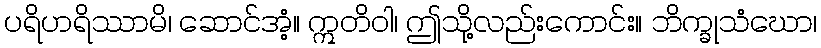
ပရိဟရိဿာမိ၊ ဆောင်အံ့။ ဣတိဝါ၊ ဤသို့လည်းကောင်း။ ဘိက္ခုသံဃော၊